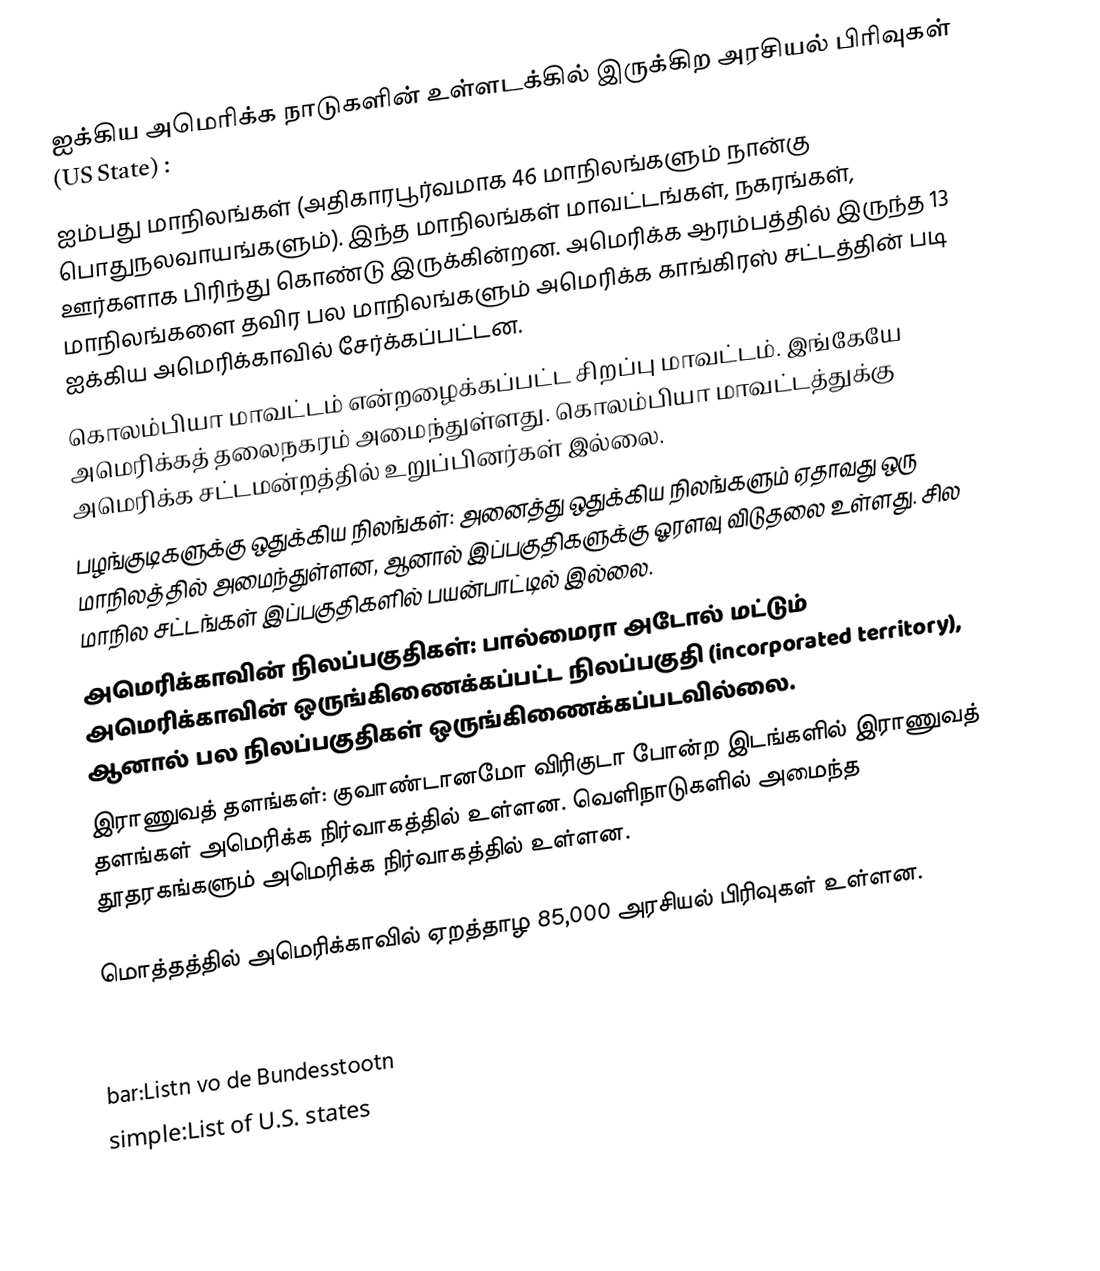
ஐக்கிய அமெரிக்க நாடுகளின் உள்ளடக்கில் இருக்கிற அரசியல் பிரிவுகள் (US State) :
 ஐம்பது மாநிலங்கள் (அதிகாரபூர்வமாக 46 மாநிலங்களும் நான்கு பொதுநலவாயங்களும்). இந்த மாநிலங்கள் மாவட்டங்கள், நகரங்கள், ஊர்களாக பிரிந்து கொண்டு இருக்கின்றன. அமெரிக்க ஆரம்பத்தில் இருந்த 13 மாநிலங்களை தவிர பல மாநிலங்களும் அமெரிக்க காங்கிரஸ் சட்டத்தின் படி ஐக்கிய அமெரிக்காவில் சேர்க்கப்பட்டன.
 கொலம்பியா மாவட்டம் என்றழைக்கப்பட்ட சிறப்பு மாவட்டம். இங்கேயே அமெரிக்கத் தலைநகரம் அமைந்துள்ளது. கொலம்பியா மாவட்டத்துக்கு அமெரிக்க சட்டமன்றத்தில் உறுப்பினர்கள் இல்லை.
 பழங்குடிகளுக்கு ஒதுக்கிய நிலங்கள்: அனைத்து ஒதுக்கிய நிலங்களும் ஏதாவது ஒரு மாநிலத்தில் அமைந்துள்ளன, ஆனால் இப்பகுதிகளுக்கு ஓரளவு விடுதலை உள்ளது. சில மாநில சட்டங்கள் இப்பகுதிகளில் பயன்பாட்டில் இல்லை.
 அமெரிக்காவின் நிலப்பகுதிகள்: பால்மைரா அடோல் மட்டும் அமெரிக்காவின் ஒருங்கிணைக்கப்பட்ட நிலப்பகுதி (incorporated territory), ஆனால் பல நிலப்பகுதிகள் ஒருங்கிணைக்கப்படவில்லை.
 இராணுவத் தளங்கள்: குவாண்டானமோ விரிகுடா போன்ற இடங்களில் இராணுவத் தளங்கள் அமெரிக்க நிர்வாகத்தில் உள்ளன. வெளிநாடுகளில் அமைந்த தூதரகங்களும் அமெரிக்க நிர்வாகத்தில் உள்ளன.

மொத்தத்தில் அமெரிக்காவில் ஏறத்தாழ 85,000 அரசியல் பிரிவுகள் உள்ளன.

bar:Listn vo de Bundesstootn
simple:List of U.S. states
sv:Lista över USA:s delstater och territorier